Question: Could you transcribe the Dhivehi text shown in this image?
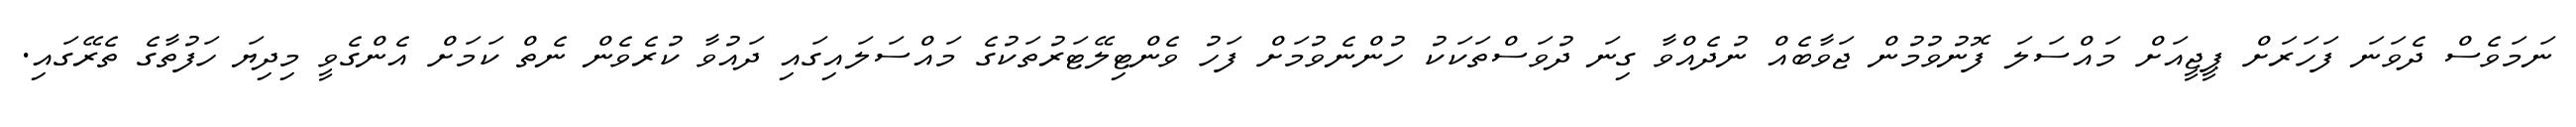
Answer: ނަމަވެސް ދެވަނަ ފަހަރަށް ޕީޖީއަށް މައްސަލަ ފޮނުވުމުން ޖަވާބެއް ނުދެއްވާ ގިނަ ދުވަސްތަކަކު ހުންނެވުމަށް ފަހު ވެންޓިލޭޓަރުތަކުގެ މައްސަލައިގައި ދައުވާ ކުރެވެން ނެތް ކަމަށް އެންގެވީ މިދިޔަ ހަފުތާގެ ތެރޭގައި.